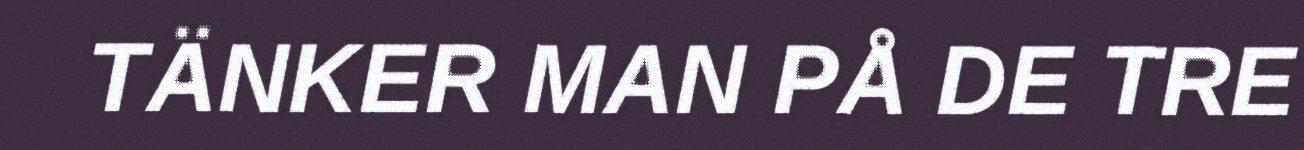
TÄNKER MAN PÅ DE TRE